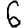
Digit: 6